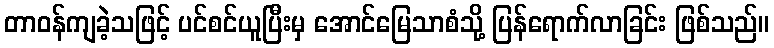
တာဝန်ကျခဲ့သဖြင့် ပင်စင်ယူပြီးမှ အောင်မြေသာစံသို့ ပြန်ရောက်လာခြင်း ဖြစ်သည်။